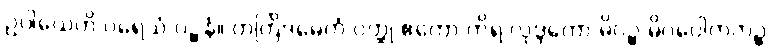
ဥပါယေဟိ ပရေသံ ဝဉ္စနံ။ တတြိဒမေကံ ဝတ္ထု ဧကော ကိရ လုဒ္ဒကော မိဂဉ္စ မိဂပေါတကဉ္စ